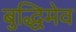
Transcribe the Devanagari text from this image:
बुद्धिमेव